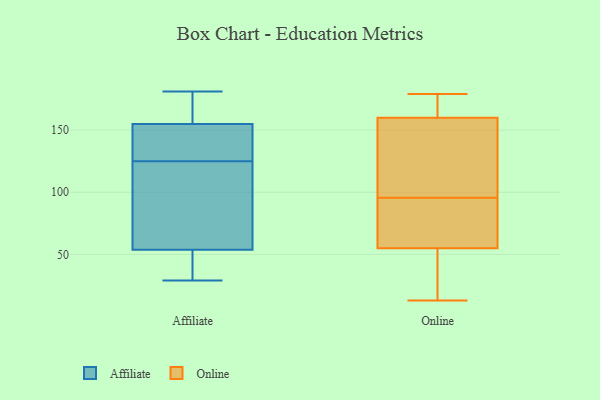
{"axis": {"x": "Conversion Rate (%)", "y": "Value"}, "legend": ["Affiliate", "Online"], "data": [{"x": "", "y": 29, "type": "Affiliate"}, {"x": "", "y": 89, "type": "Affiliate"}, {"x": "", "y": 157, "type": "Affiliate"}, {"x": "", "y": 104, "type": "Affiliate"}, {"x": "", "y": 35, "type": "Affiliate"}, {"x": "", "y": 127, "type": "Affiliate"}, {"x": "", "y": 52, "type": "Affiliate"}, {"x": "", "y": 152, "type": "Affiliate"}, {"x": "", "y": 181, "type": "Affiliate"}, {"x": "", "y": 43, "type": "Affiliate"}, {"x": "", "y": 156, "type": "Affiliate"}, {"x": "", "y": 147, "type": "Affiliate"}, {"x": "", "y": 162, "type": "Affiliate"}, {"x": "", "y": 59, "type": "Affiliate"}, {"x": "", "y": 125, "type": "Affiliate"}, {"x": "", "y": 13, "type": "Online"}, {"x": "", "y": 61, "type": "Online"}, {"x": "", "y": 52, "type": "Online"}, {"x": "", "y": 108, "type": "Online"}, {"x": "", "y": 70, "type": "Online"}, {"x": "", "y": 176, "type": "Online"}, {"x": "", "y": 96, "type": "Online"}, {"x": "", "y": 13, "type": "Online"}, {"x": "", "y": 116, "type": "Online"}, {"x": "", "y": 160, "type": "Online"}, {"x": "", "y": 95, "type": "Online"}, {"x": "", "y": 55, "type": "Online"}, {"x": "", "y": 179, "type": "Online"}, {"x": "", "y": 164, "type": "Online"}]}